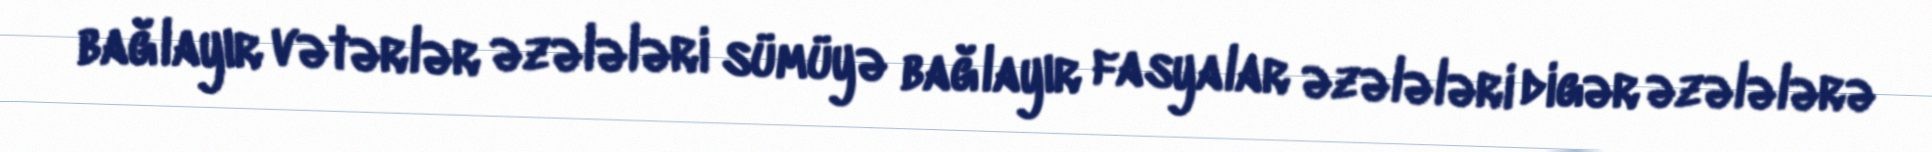
bağlayır vətərlər əzələləri sümüyə bağlayır fasyalar əzələləri digər əzələlərə